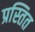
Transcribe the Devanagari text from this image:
प्रस्तित